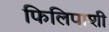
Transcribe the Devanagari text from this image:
फिलिपाशी